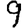
Digit: 9